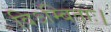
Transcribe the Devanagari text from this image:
विऽम्बिताः।